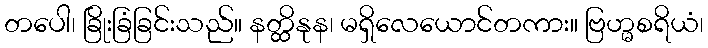
တပေါ၊ ခြိုးခြံခြင်းသည်။ နတ္ထိနုန၊ မရှိလေယောင်တကား။ ဗြဟ္မစရိယံ၊